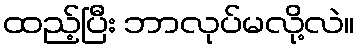
ထည့်ပြီး ဘာလုပ်မလို့လဲ။